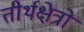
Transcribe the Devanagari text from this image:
तीर्थक्षेत्रों